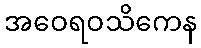
အဝေရဝသိကေန